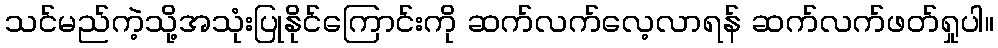
သင်မည်ကဲ့သို့အသုံးပြုနိုင်ကြောင်းကို ဆက်လက်လေ့လာရန် ဆက်လက်ဖတ်ရှုပါ။